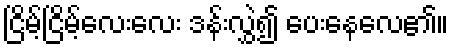
ငြိမ့်ငြိမ့်လေးလေး ဒန်းလွှဲ၍ ပေးနေလေ၏။